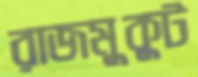
রাজমুকুট